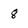
Character: 8